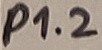
Text: P1.2